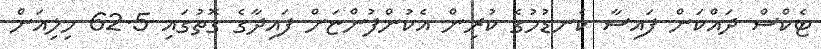
ޓެކްސް ދައްކަން ފައިސާ ކެނޑުމުގެ ކުރިން އެކުންފުންޏަށް ފައިދާގެ ގޮތުގައި 62.5 މިލިއަން